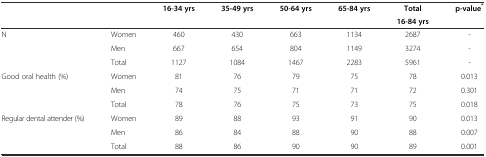
<table><thead><tr><td rowspan="2"></td><td rowspan="2"></td><td rowspan="2"><b>16-34 yrs</b></td><td rowspan="2"><b>35-49 yrs</b></td><td rowspan="2"><b>50-64 yrs</b></td><td rowspan="2"><b>65-84 yrs</b></td><td><b>Total</b></td><td rowspan="2"><b>p-value<sup>*</sup></b></td></tr><tr><td><b>16-84 yrs</b></td></tr></thead><tbody><tr><td rowspan="3">N</td><td>Women</td><td>460</td><td>430</td><td>663</td><td>1134</td><td>2687</td><td>-</td></tr><tr><td>Men</td><td>667</td><td>654</td><td>804</td><td>1149</td><td>3274</td><td>-</td></tr><tr><td>Total</td><td>1127</td><td>1084</td><td>1467</td><td>2283</td><td>5961</td><td>-</td></tr><tr><td rowspan="3">Good oral health (%)</td><td>Women</td><td>81</td><td>76</td><td>79</td><td>75</td><td>78</td><td>0.013</td></tr><tr><td>Men</td><td>74</td><td>75</td><td>71</td><td>71</td><td>72</td><td>0.301</td></tr><tr><td>Total</td><td>78</td><td>76</td><td>75</td><td>73</td><td>75</td><td>0.018</td></tr><tr><td rowspan="3">Regular dental attender (%)</td><td>Women</td><td>89</td><td>88</td><td>93</td><td>91</td><td>90</td><td>0.013</td></tr><tr><td>Men</td><td>86</td><td>84</td><td>88</td><td>90</td><td>88</td><td>0.007</td></tr><tr><td>Total</td><td>88</td><td>86</td><td>90</td><td>90</td><td>89</td><td>0.001</td></tr></tbody></table>